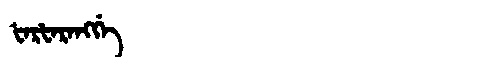
Manchu: ᡶᠠᡵᡶᠠᡵᠠᠩᡤᡝ
Romanization: FARFARANGGE